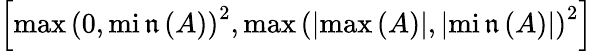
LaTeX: \left[\operatorname*{max}\left(0,\operatorname*{mi\mathfrak{n}}\left(A\right)\right)^{2},\operatorname*{max}\left(\left|\operatorname*{max}\left(A\right)\right|,\left|\operatorname*{mi\mathfrak{n}}\left(A\right)\right|\right)^{2}\right]